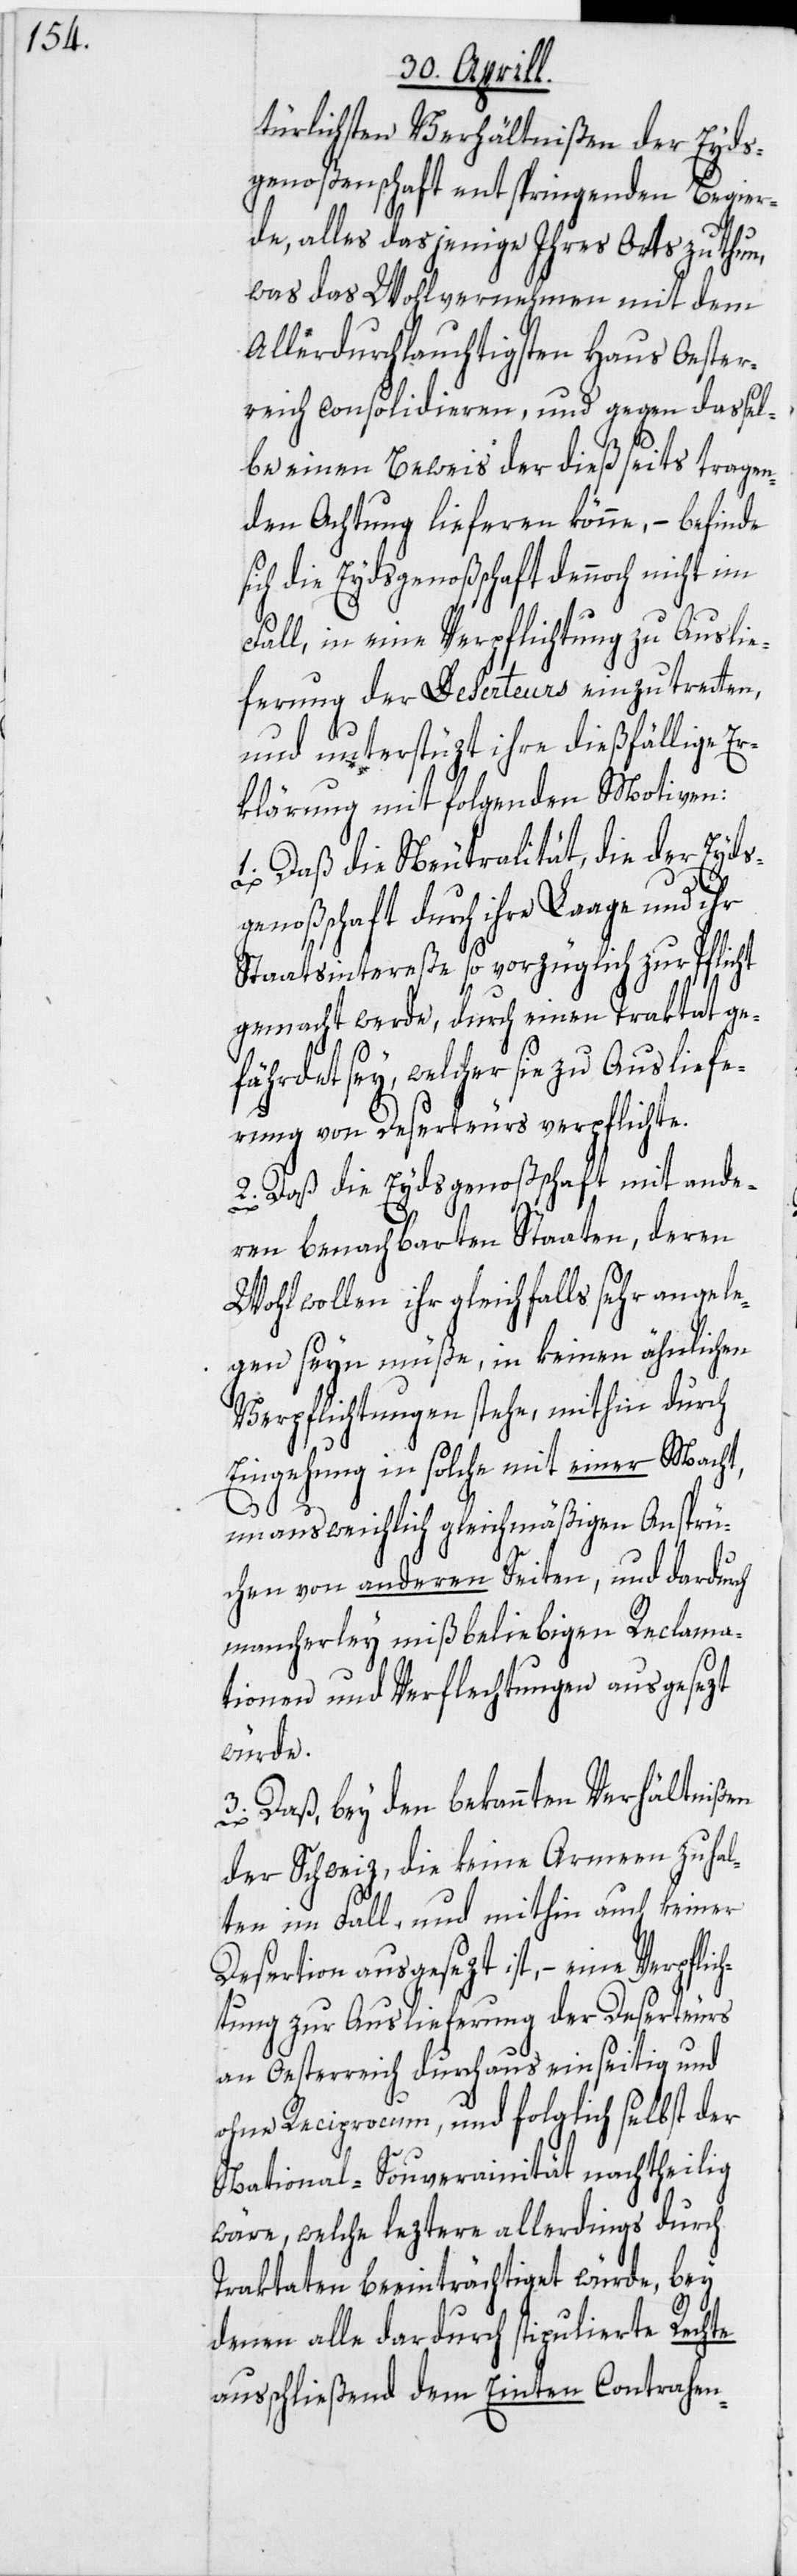
türlichsten Verhältnißen der Eyds¬
genoßenschaft entspringenden Begier¬
de, alles dasjeinge Ihres Orts zu thun,
was das Wohlvernehmen mit dem
Allerdurchlauchtigsten Haus Oester¬
reich consolidieren, und gegen dassel¬
be einen Beweis der dießseits tragen¬
den Achtung lieferen könne, – befinde
sich die Eydsgenoßschaft dennoch nicht im
Fall, in eine Verpflichtung zu Auslie¬
ferung der Deserteurs einzutretten,
und unterstüzt ihre dießfällige E¬
rklärung mit folgenden Motiven:
1. Daß die Neutralität, die der Eyds¬
genoßschaft durch ihre Laage und ihr
Staatsintereße so vorzüglich zur Pflicht
gemacht werde, durch einen Traktat ge¬
fährdet sey, welcher sie zu Ausliefe¬
rung von Deserteurs verpflichte.
2. Daß die Eydsgenoßschaft mit ande¬
ren benachbarten Staaten, deren
Wohlwollen ihr gleichfalls sehr angele¬
gen seyn müße, in keinen ähnlichen
Verpflichtungen stehe, mithin durch
Eingehung in solche mit einer Macht,
unausweichlich gleichmäßigen Ansprü¬
chen von anderen Seiten, und dardurch
mancherley mißbeliebigen Reclama¬
tionen und Verflechtungen ausgesezt
würde.
3. Daß, bey den bekannten Verhältnißen
der Schweiz, die keine Armeen zu hal¬
ten im Fall, und mithin auch keiner
Desertion ausgesezt ist, – eine Verpflic¬
htung zur Auslieferung der Deserteurs
an Oesterreich durchaus einseitig und
ohne Reciprocum, und folglich selbst der
National-Souverainität nachtheilig
wäre, welche leztere allerdings durch
Traktaten beeinträchtiget würde, bey
denen alle dardurch stipulierte Rechte
ausschließend dem Einten Contrahen-